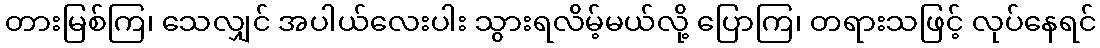
တားမြစ်ကြ၊ သေလျှင် အပါယ်လေးပါး သွားရလိမ့်မယ်လို့ ပြောကြ၊ တရားသဖြင့် လုပ်နေရင်